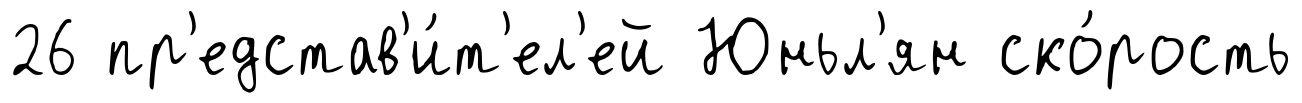
26 пр'едстав'и́т'ел'ей Юньл'ян ско́рость